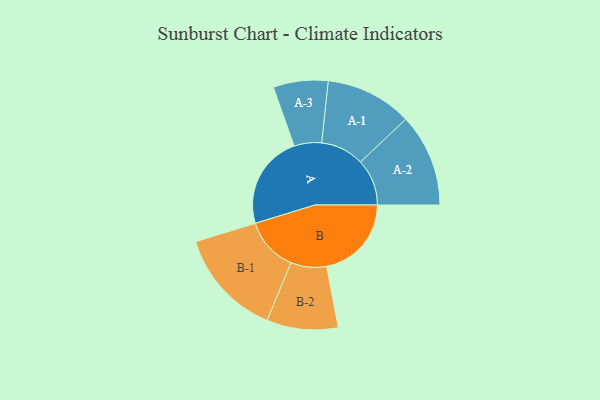
{"axis": {"x": "Segment", "y": "Value"}, "legend": ["", "A", "B"], "data": [{"x": "A", "y": 428, "type": ""}, {"x": "B", "y": 387, "type": ""}, {"x": "A-1", "y": 198, "type": "A"}, {"x": "A-2", "y": 212, "type": "A"}, {"x": "A-3", "y": 125, "type": "A"}, {"x": "B-1", "y": 246, "type": "B"}, {"x": "B-2", "y": 163, "type": "B"}]}